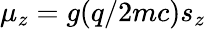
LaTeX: \mu_{z}=g(q/2mc)s_{z}